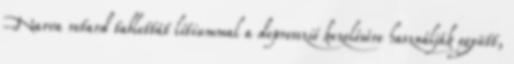
Narva retard tablettát lítiummal a depresszió kezelésére használják együtt,